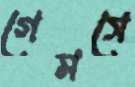
গেমসে